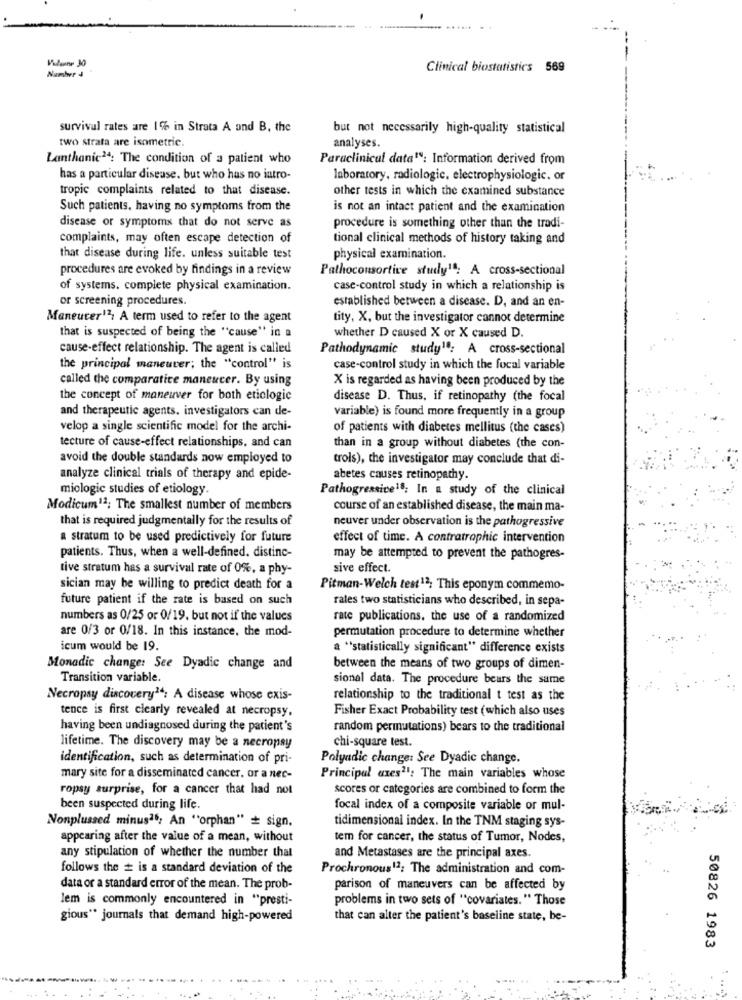
. ...... .
Vilaine 30
Clinical biostatistics 569
Number 4
survival rates are 1% in Strata A and B, the
but not necessarily high-quality statistical
two strata are isometric.
analyses.
Lanthanic24: The condition of a patient who
Paraclinical data19: Information derived from
has a particular disease. but who has no iatro-
laboratory, radiologic, electrophysiologic. or
tropic complaints related to that disease.
other tests in which the examined substance
Such patients, having no symptoms from the
is not an intact patient and the examination
disease or symptoms that do not serve as
procedure is something other than the tradi-
complaints, may often escape detection of
tional clinical methods of history taking and
that disease during life. unless suitable test
physical examination.
procedures are evoked by findings in a review
Pathoconsortive study1ª: A cross-sectional
of systems. complete physical examination.
case-control study in which a relationship is
or screening procedures.
established between a disease. D, and an en-
Maneuver'2, A term used to refer to the agent
tity, X, but the investigator cannot determine
that is suspected of being the "cause" in a
whether D caused X or X caused D.
cause-effect relationship. The agent is called
Pathodynamic study1: A cross-sectional
the principal maneuver; the "control" is
case-control study in which the focal variable
called the comparative maneucer. By using
X is regarded as having been produced by the
the concept of maneuver for both etiologic
disease D. Thus, if retinopathy (the focal
and therapeutic agents. investigators can de-
variable) is found more frequently in a group
velop a single scientific model for the archi-
of patients with diabetes mellitus (the cases)
tecture of cause-effect relationships, and can
than in a group without diabetes (the con-
avoid the double standards now employed to
trois), the investigator may conclude that di-
analyze clinical trials of therapy and epide-
abetes causes retinopathy.
miologic studies of etiology
Pathogressive18: In a study of the clinical
Modicum12; The smallest number of members
course of an established disease, the main ma-
that is required judgmentally for the results of
neuver under observation is the pathogressive
a stratum to be used predictively for future
effect of time. A contratrophic intervention
patients. Thus, when a well-defined. distinc-
may be attempted to prevent the pathogres-
tive stratum has a survival rate of 0%, a phy-
sive effect.
sician may be willing to predict death for a
Pitman-Welch test12; This eponym commemo-
future patient if the rate is based on such
rates two statisticians who described, in sepa-
numbers as 0/25 or 0/19. but not if the values
rate publications. the use of a randomized
are 0/3 or 0/18. In this instance, the mod-
permutation procedure to determine whether
icum would be 19.
a "statistically significant" difference exists
Monadic change: See Dyadic change and
between the means of two groups of dimen-
Transition variable.
sional data. The procedure bears the same
Necropsy discovery14: A disease whose exis-
relationship to the traditional t test as the
tence is first clearly revealed at necropsy.
Fisher Exact Probability test (which also uses
having been undiagnosed during the patient's
random permutations) bears to the traditional
chi-square test.
lifetime. The discovery may be a necropsy
identification, such as determination of pri-
Polyadic change: See Dyadic change.
mary site for a disseminated cancer, or a nec-
Principal axes2: The main variables whose
ropsy surprise, for a cancer that had not
scores or categories are combined to form the
been suspected during life.
focal index of a composite variable or mul-
tidimensional index. In the TNM staging sys-
Nonplussed minusª': An "orphan" # sign.
appearing after the value of a mean, without
tem for cancer, the status of Tumor, Nodes,
any stipulation of whether the number that
and Metastases are the principal axes.
follows the # is a standard deviation of the
Prochronous12: The administration and com-
data or a standard error of the mean. The prob-
parison of maneuvers can be affected by
lem is commonly encountered in "presti-
problems in two sets of "covariates. " Those
gious" journals that demand high-powered
that can alter the patient's baseline state, be-
50826 1983